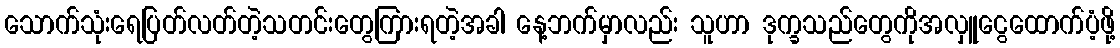
သောက်သုံးရေပြတ်လတ်တဲ့သတင်းတွေကြားရတဲ့အခါ နေ့ဘက်မှာလည်း သူဟာ ဒုက္ခသည်တွေကိုအလှူငွေထောက်ပံ့ဖို့